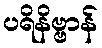
ပရိနိဗ္ဗာန်